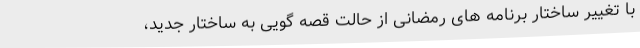
با تغییر ساختار برنامه های رمضانی از حالت قصه گویی به ساختار جدید،